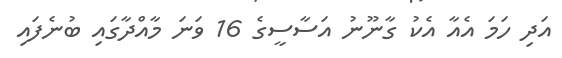
އަދި ހަމަ އެއާ އެކު ގާނޫނު އަސާސީގެ 16 ވަނަ މާއްދާގައި ބުނެފައި